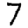
Digit: 7